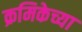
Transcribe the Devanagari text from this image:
क्रमिकेच्या